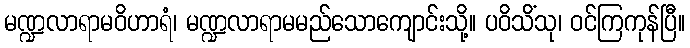
မဏ္ဍလာရာမဝိဟာရံ၊ မဏ္ဍလာရာမမည်သောကျောင်းသို့။ ပဝိသိံသု၊ ဝင်ကြကုန်ပြီ။